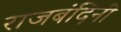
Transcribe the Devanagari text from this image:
राजबंदिनी